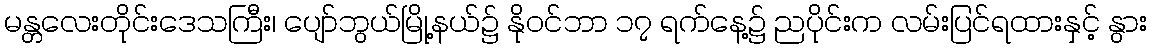
မန္တလေးတိုင်းဒေသကြီး၊ ပျော်ဘွယ်မြို့နယ်၌ နိုဝင်ဘာ ၁၇ ရက်နေ့၌ ညပိုင်းက လမ်းပြင်ရထားနှင့် နွား